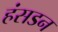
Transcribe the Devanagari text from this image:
हंसडन